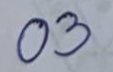
03